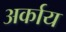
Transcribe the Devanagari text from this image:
अर्काय